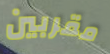
مقربين